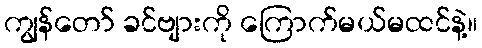
ကျွန်တော် ခင်ဗျားကို ကြောက်မယ်မထင်နဲ့။